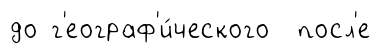
до г'еограф'и́ческого посл'е